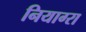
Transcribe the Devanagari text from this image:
नियाग्‍रा